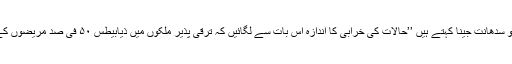
جَن کیئر اِنک کے شریک بانی اور سی ای او سدھانت جینا کہتے ہیں ’’حالات کی خرابی کا اندازہ اس بات سے لگائیں کہ ترقی پذیر ملکوں میں ذیابیطس ۵۰ فی صد مریضوں کے مرض کی تشخیص بھی نہیں ہو پاتی ہے۔